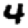
Digit: 4